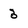
Character: 3